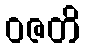
ဝဇတိ